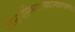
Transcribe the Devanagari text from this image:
देवेन्द्रमौलिमन्दारमकरन्दकणारुणाः।